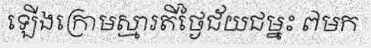
ឡើងក្រោមស្មារតីថ្ងៃជ័យជម្នះ ៧មក